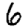
Digit: 6